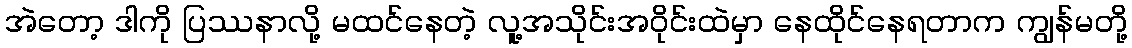
အဲတော့ ဒါကို ပြဿနာလို့ မထင်နေတဲ့ လူ့အသိုင်းအဝိုင်းထဲမှာ နေထိုင်နေရတာက ကျွန်မတို့